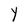
Character: Y